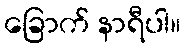
ခြောက် နာရီပါ။